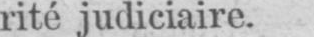
rité judiciaire.